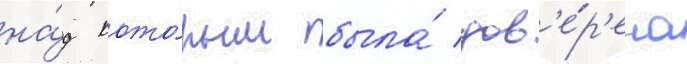
на́д кото́рым была́ дов'е́р'ена